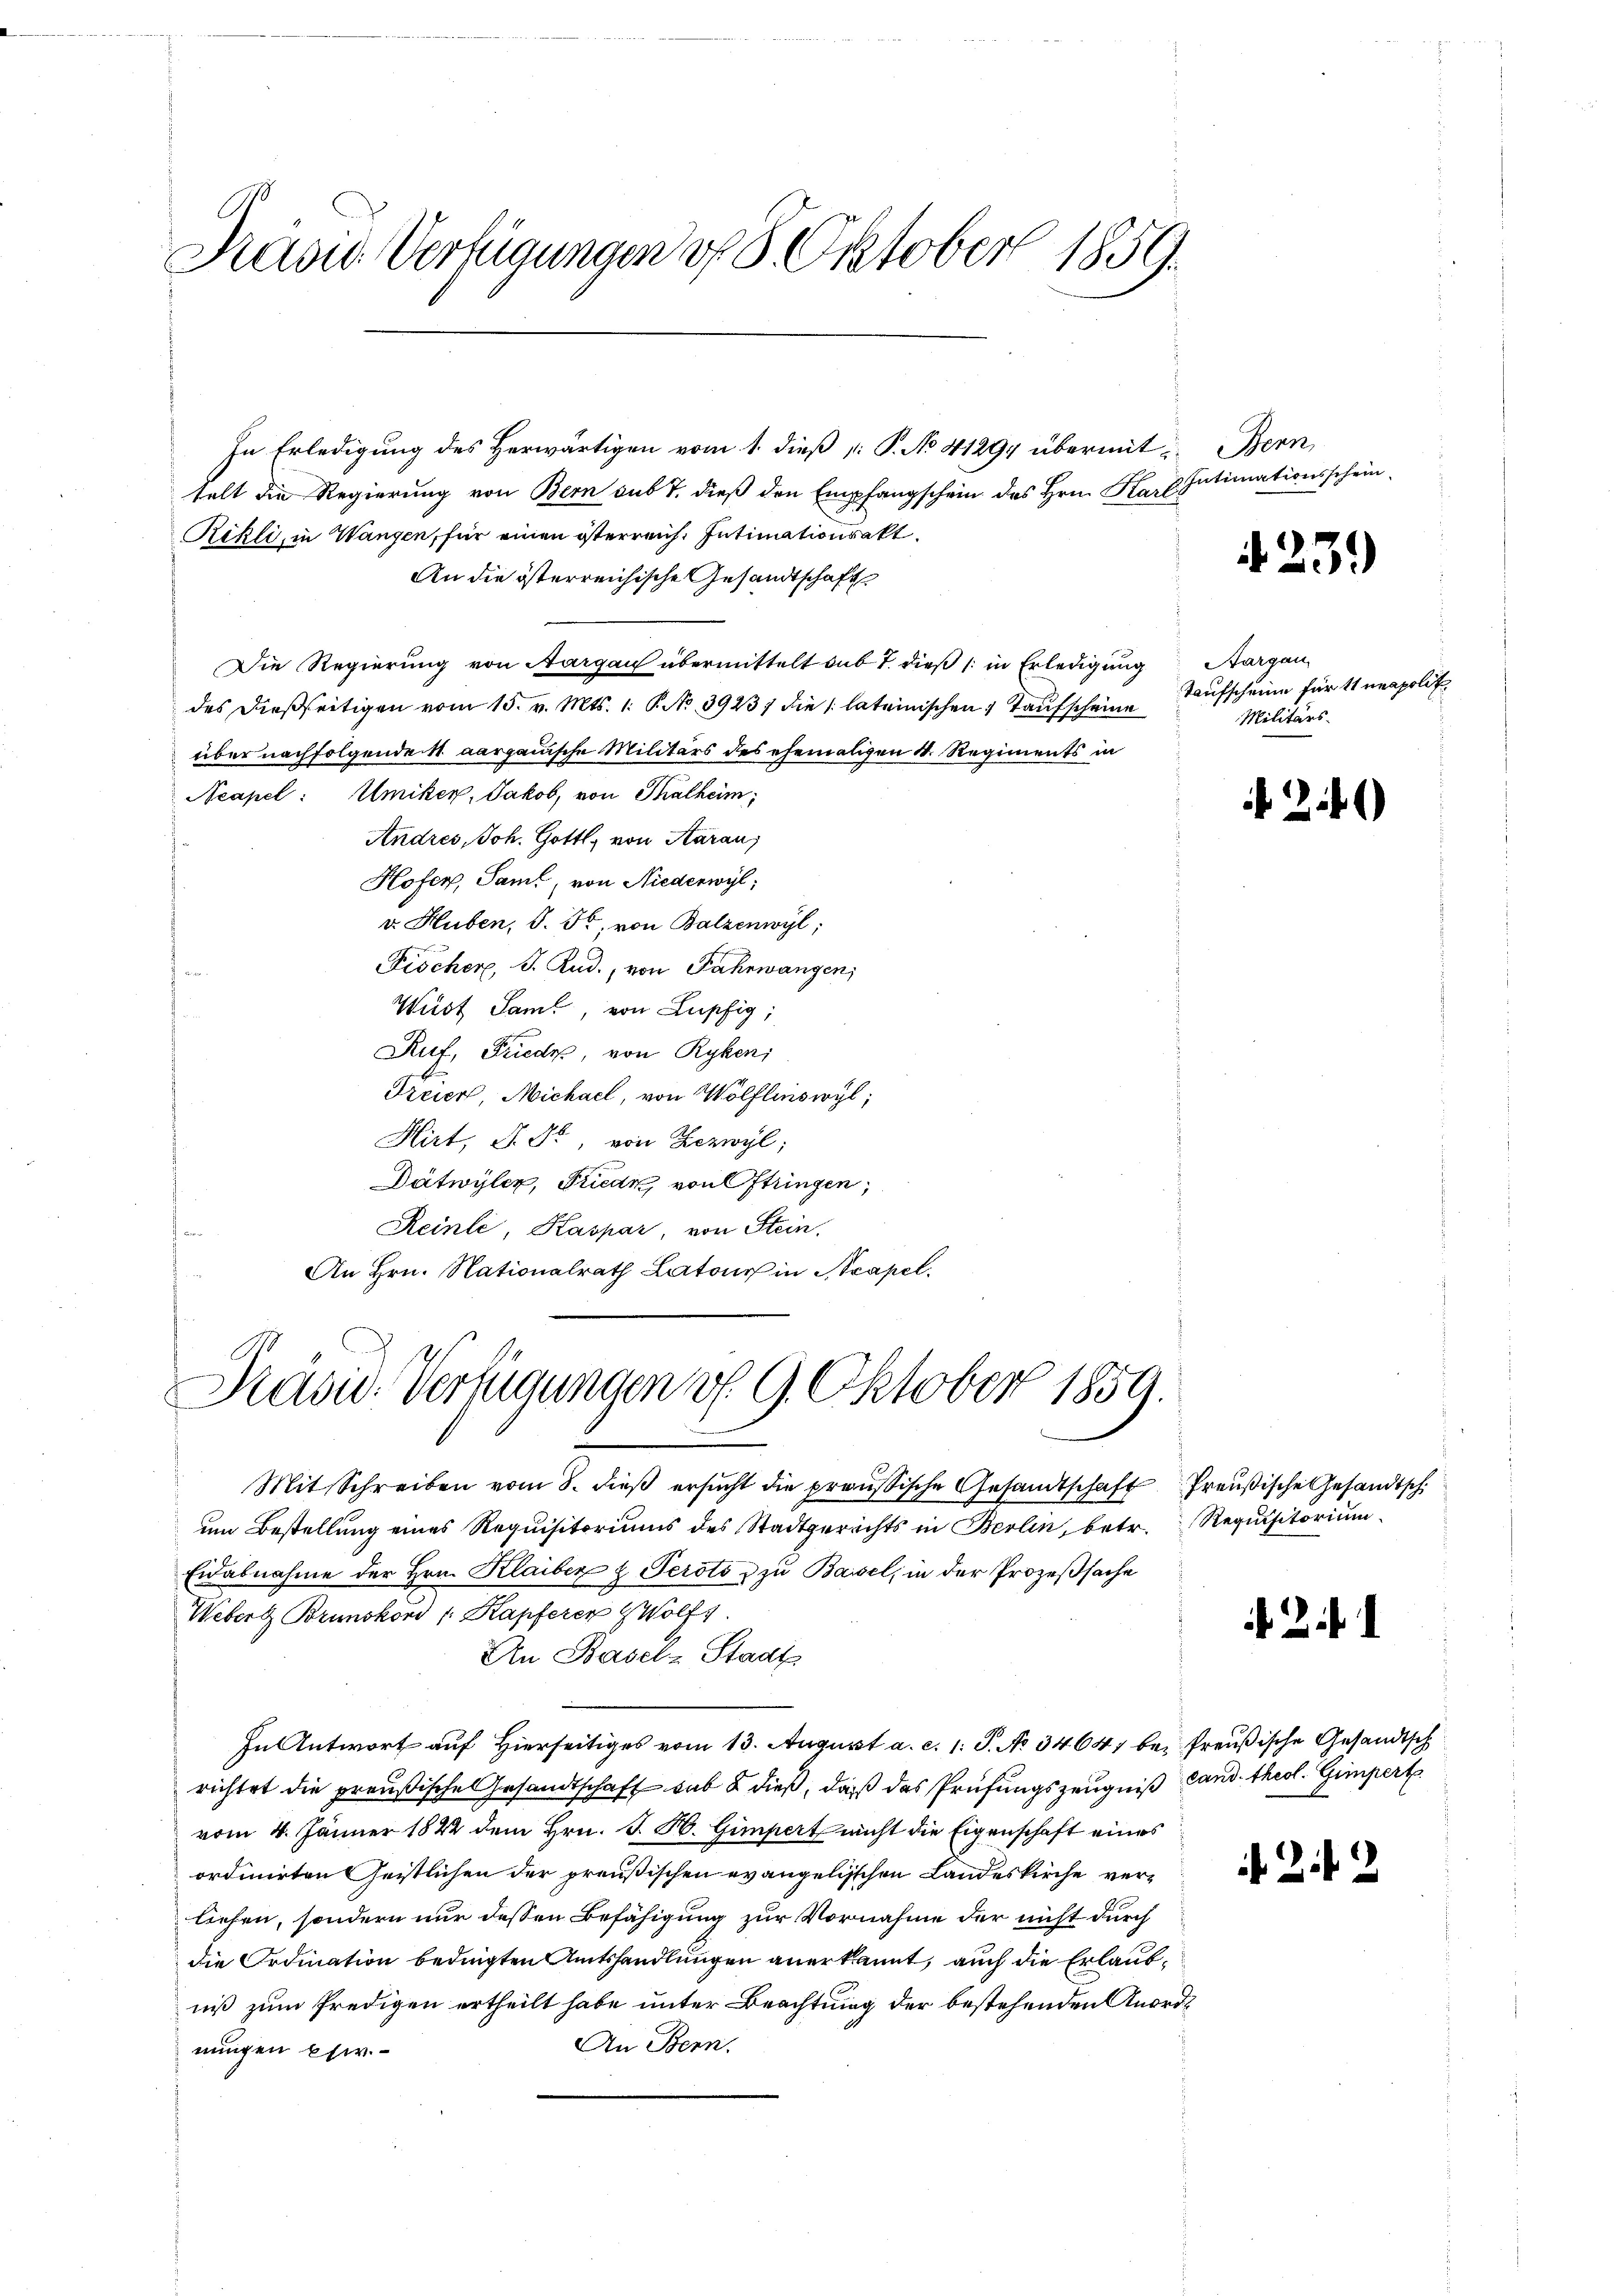
Stasie Verfügungen d. 8. Oktober 1859.

In Erledigung des Herwärtigen vom 1. dieß P. No 41294 übermit Bern,
telt die Regierung von Bern sub 7. dieß den Empfangschein des Hrn. Karl Intimationsschein¬
Rikli, in Wangen, für einen österreich. Intimationsakt.
An die österreichische Gesandtschaft
Die Regierung von Aargau übermittelt sub 7. dieß (in Erledigung
des dießseitigen vom 15. v. Mts. 1. P. No 39237 die 1 lateinischen Taufscheine
über nachfolgenden aargauische Militärs des ehemaligen K. Regiments in
Neapel: Umiker, Jakob, von Thalheim;
Andres, Joh. Gottl, von Aarau
Hofer, Samt, von Niederwyl,
v. Huben, S. Fr. von Balzenwyl,
Fischer, J. Rud., von Fahrwangen,
Wirst Samt, von Lupfig,
Ruf, Friede, von Ryken;
Freier, Michael, von Wölflinswyl,
Hirt, P. Fr., von Bezwyl,
Dätwyler, Friede, von Oftringen,
Reinle, Kaspar, von Stein.
An Hrn. Nationalrath Latons in Neapel.
Präsid-Verfügungen v. 9. Oktober 1859.
Mit Schreiben vom 8. dieβ ersŭcht die preußische Gesandtschaft Preußische Gesandtsch
um Bestellung eines Requisitoriums des Stadtgerichts in Berlin, betr.
Eidabnahme der Hrn. Klaiber & Perotiz zu Bassel, in der Prozeßsache
Webert Brunskond /: Kapferen Wolfs
An Baselz Stadt
In Antwort auf Hierseitiges vom 13. August a. c. 1: S. No 3464, be- Preußische Gesandtsch
richtet die preußische Gesandtschaft habe dieß, daß das Prüfungszeugniß land. theol. Gimpert
vom 4. Jänner 1844 dem Hrn. J. H. Gimpert nicht die Eigenschaft eines
ordirten Geistlichen der preußischen evangelischen Landeskirche verliefen, sondern nur dessen Befähigung zur Vornahme der nicht durch
die Ordination bedingten Amtshandlungen anerkannt, auch die Erlaubniß zum Predigen ertheilt habe unter Beachtung der bestehenden Anord¬
An Bern.
nungen Eher.

4239

Aargau
Taufscheine für 11 neapolit.
Militärs.

2

i

i

.

)

Requisitorium

f 24 2